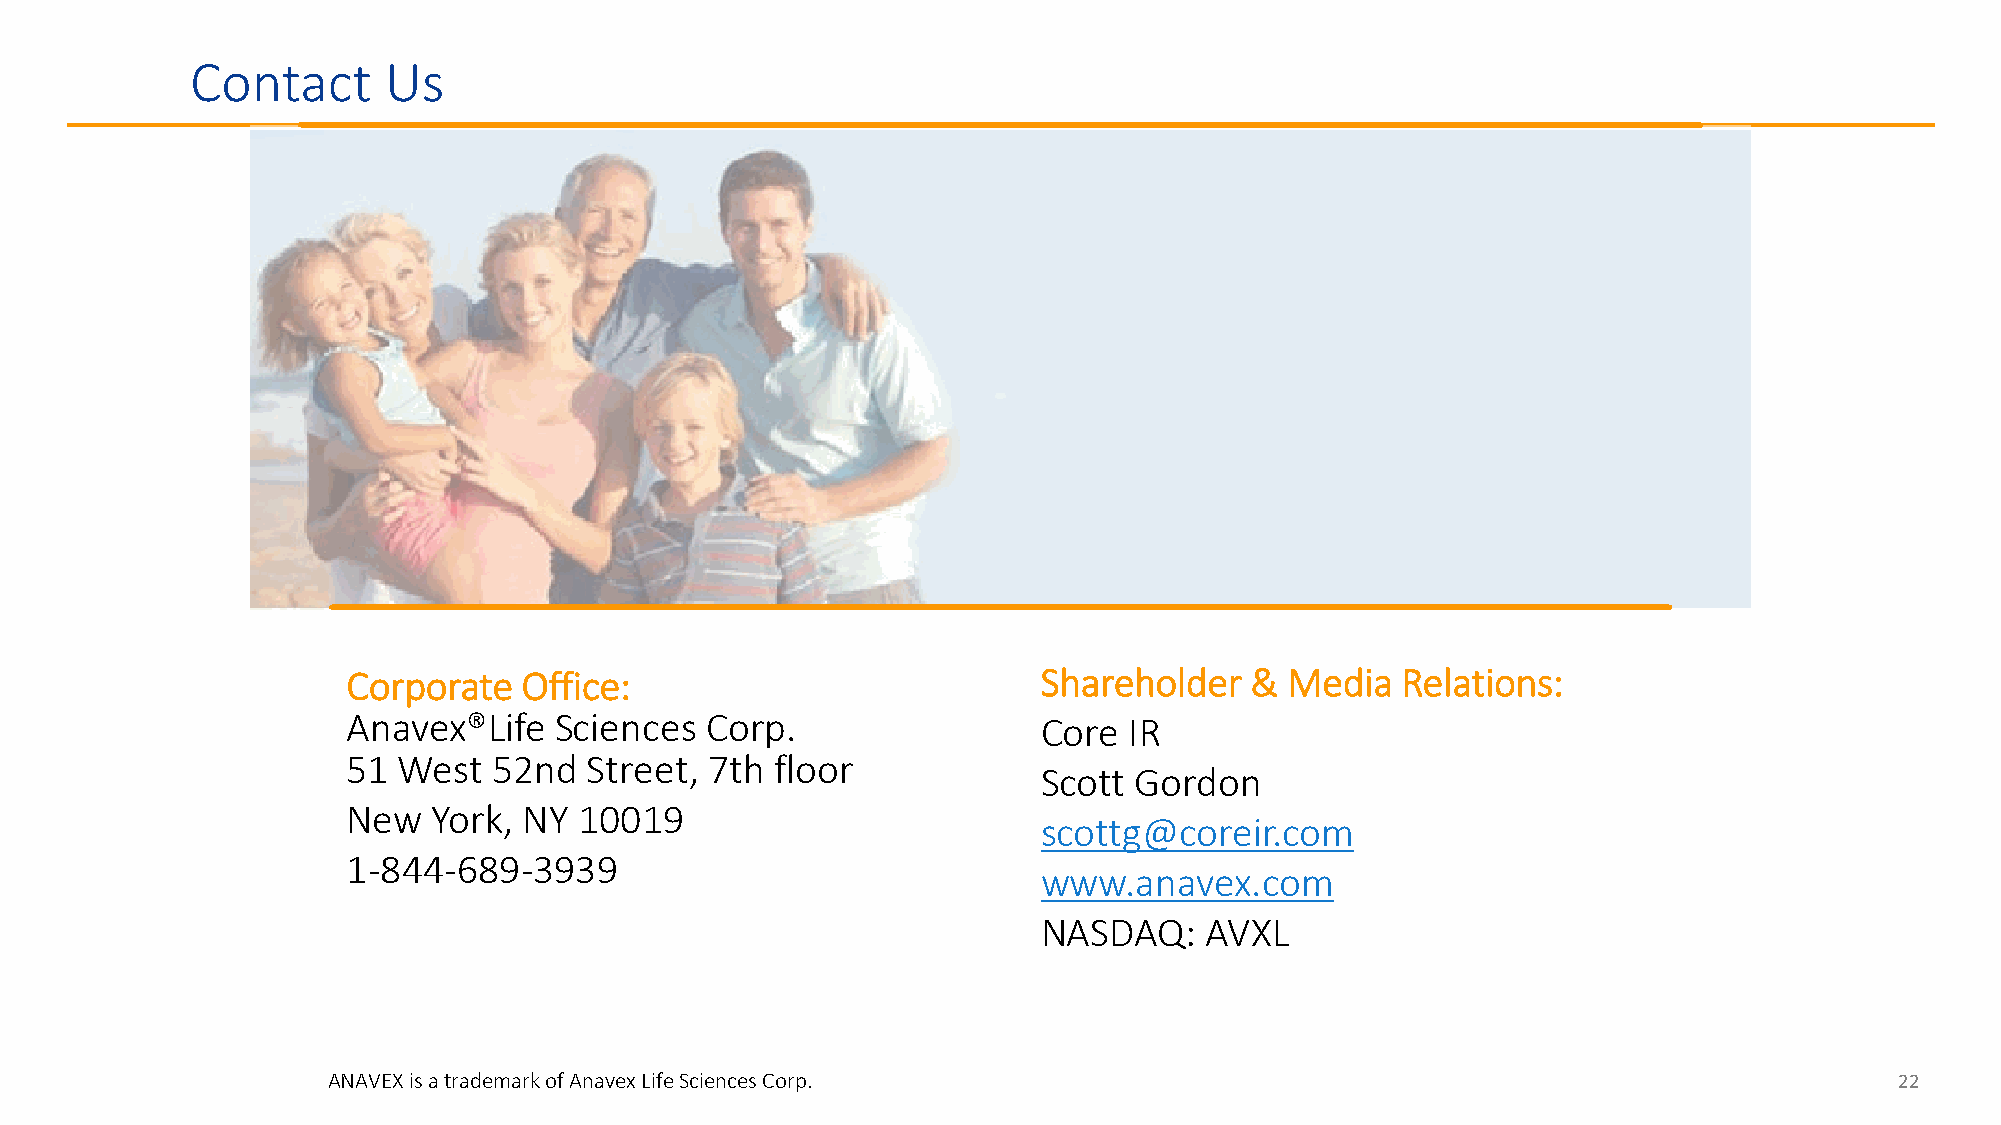
Contact     Us
 Corporate   Office:                           Shareholder   & Media   Relations:
 Anavex®Life   Sciences  Corp.                 Core  IR
 51 West   52nd  Street, 7th floor
 Scott Gordon
 New   York, NY 10019
 scottg@coreir.com
 1-844-689-3939
 www.anavex.com
 NASDAQ:    AVXL
 ANAVEX is a trademark of Anavex Life Sciences Corp.                                                     22